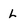
Character: L